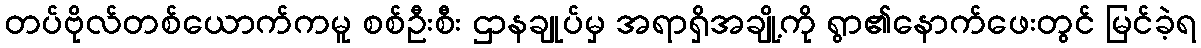
တပ်ဗိုလ်တစ်ယောက်ကမူ စစ်ဦးစီး ဌာနချုပ်မှ အရာရှိအချို့ကို ရွာ၏နောက်ဖေးတွင် မြင်ခဲ့ရ